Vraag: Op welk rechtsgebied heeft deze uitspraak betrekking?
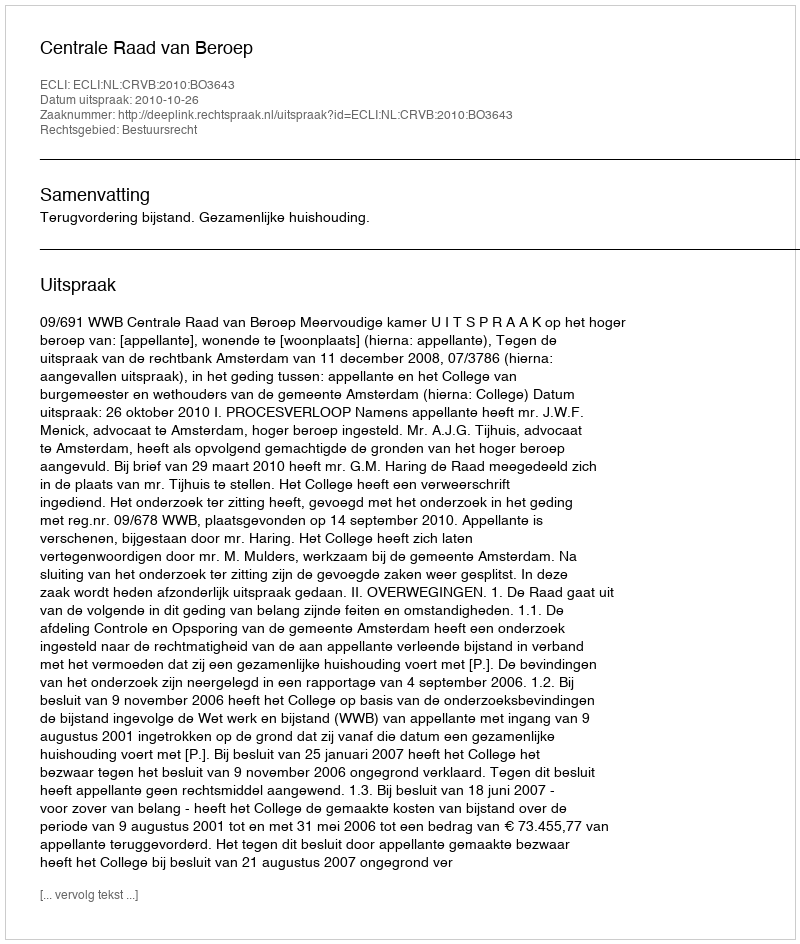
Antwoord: Bestuursrecht